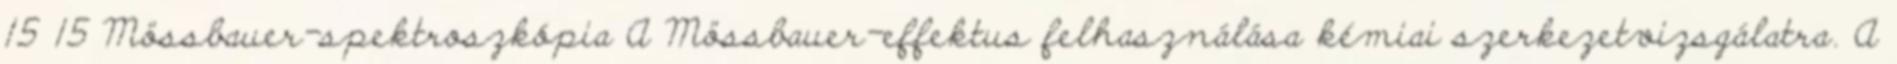
15 15 Mössbauer-spektroszkópia A Mössbauer-effektus felhasználása kémiai szerkezetvizsgálatra. A